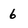
Character: 6